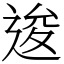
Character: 逡